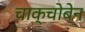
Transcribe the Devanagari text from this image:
चाक्चोबेन